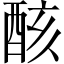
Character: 𨠳